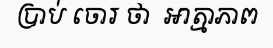
ប្រាប់ ចោរ ថា  ឣាត្មាភាព